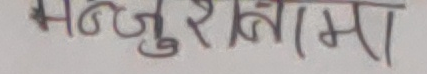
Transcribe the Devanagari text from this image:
मन्जुरीनामा